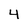
Character: 4